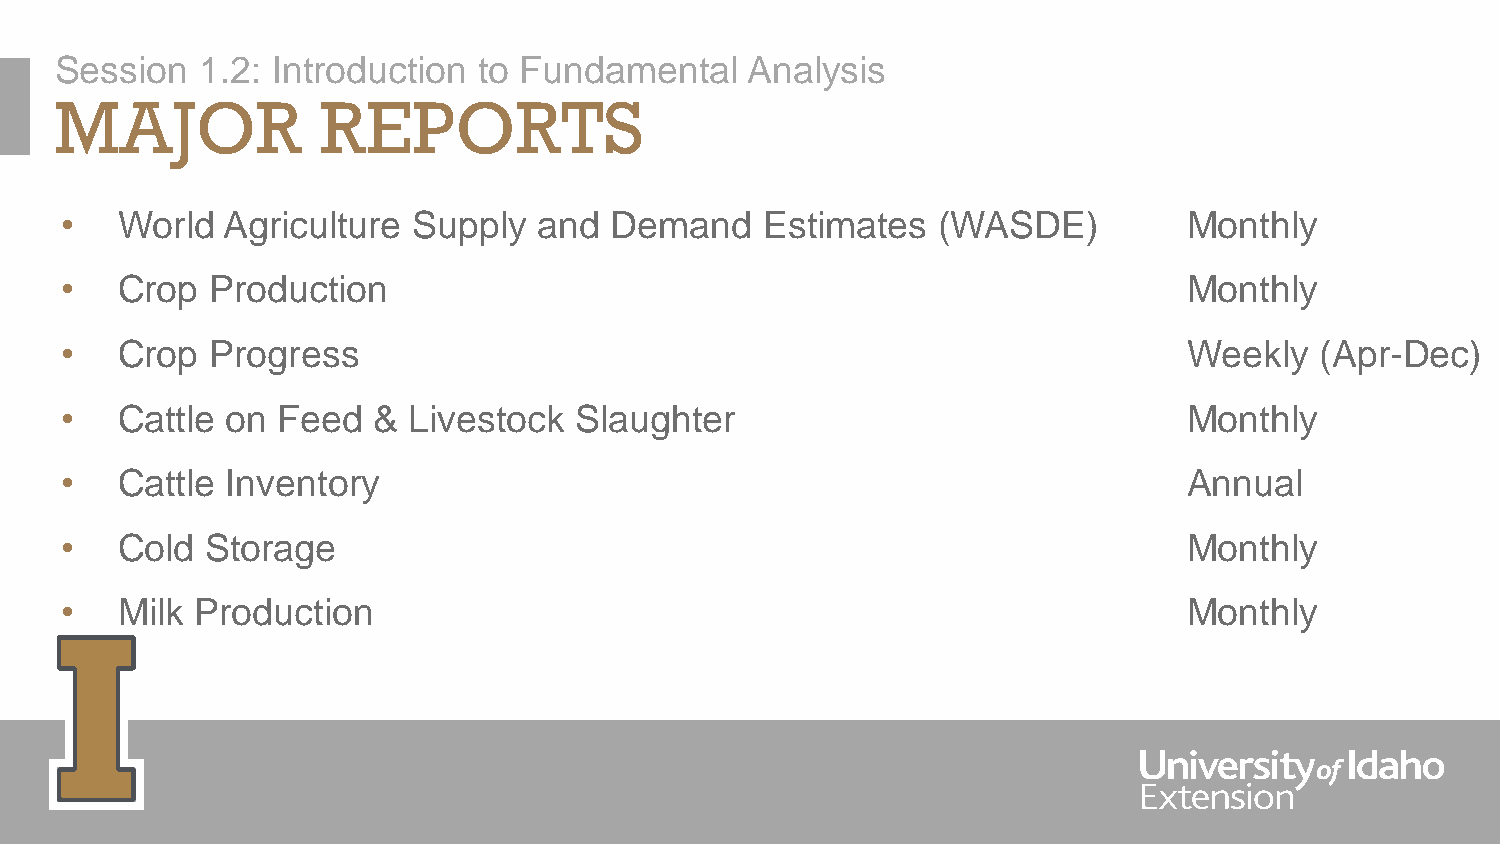
Session  1.2: Introduction  to Fundamental   Analysis
 MAJOR            REPORTS
 •   World  Agriculture Supply   and Demand     Estimates  (WASDE)          Monthly
 •   Crop  Production                                                       Monthly
 •   Crop  Progress                                                         Weekly  (Apr-Dec)
 •   Cattle on Feed   & Livestock  Slaughter                                Monthly
 •   Cattle Inventory                                                       Annual
 •   Cold  Storage                                                          Monthly
 •   Milk Production                                                        Monthly